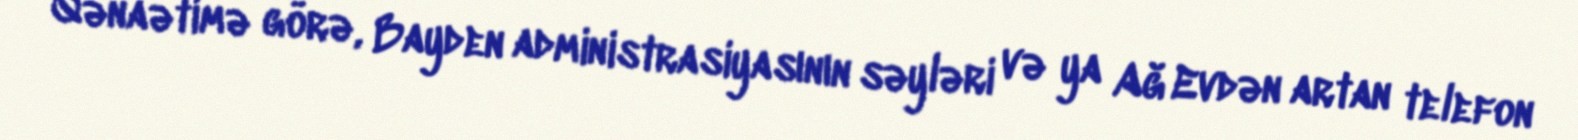
Qənaətimə görə, Bayden administrasiyasının səyləri və ya Ağ Evdən artan telefon